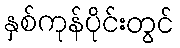
နှစ်ကုန်ပိုင်းတွင်